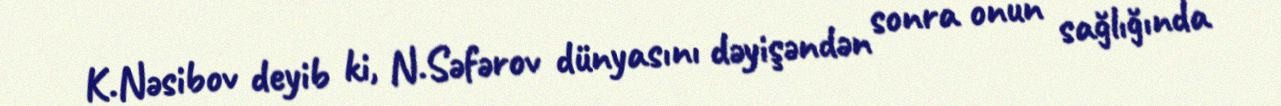
K.Nəsibov deyib ki, N.Səfərov dünyasını dəyişəndən sonra onun sağlığında